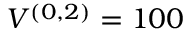
V ^ { ( 0 , 2 ) } = 1 0 0 \